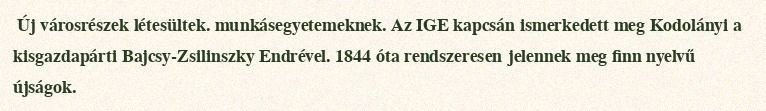
Új városrészek létesültek. munkásegyetemeknek. Az IGE kapcsán ismerkedett meg Kodolányi a kisgazdapárti Bajcsy-Zsilinszky Endrével. 1844 óta rendszeresen jelennek meg finn nyelvű újságok.